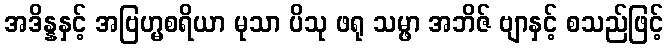
အဒိန္နနှင့် အဗြဟ္မစရိယာ မုသာ ပိသု ဖရု သမ္ဖာ အဘိဇ် ဗျာနှင့် စသည်ဖြင့်